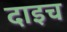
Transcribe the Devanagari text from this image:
दाइच